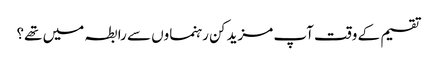
تقسیم کے وقت آپ مزید کن رہنماوں سے رابطہ میں تھے؟